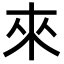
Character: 來